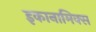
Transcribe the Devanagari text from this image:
इकानामिक्स